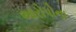
આરોપોના